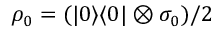
\rho _ { 0 } = ( | 0 \rangle \langle 0 | \otimes \sigma _ { 0 } ) / 2